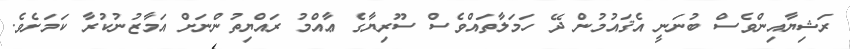
ރަޝިޔާއިންވެސް ބުނަނީ އެޤައުމުން ދޭ ހަމަލާތައްވެސް ސޫރިޔާގެ ޢާއްމު ރައްޔިތުންނަށް އަމާޒުނުކުރާ ކަމަށެވެ.